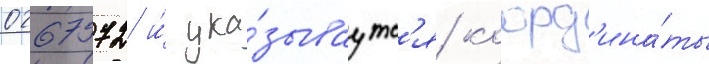
0267572 и́ ука́зываутс'я коорд'ина́ты